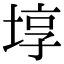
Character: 埻